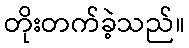
တိုးတက်ခဲ့သည်။